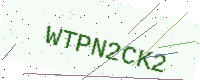
Text: WTPN2CK2